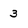
Character: 3